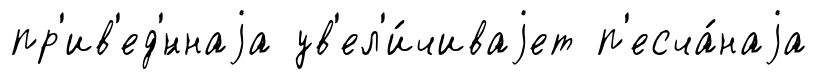
пр'ив'ед'́ннаjа ув'ел'и́чиваjет п'есча́наjа